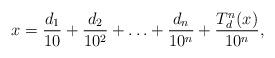
LaTeX: \begin{align*} x = \frac{d_1}{10} + \frac{d_2}{10^2} + \ldots + \frac{d_n}{10^n} + \frac{T_d^n(x)}{10^n},\end{align*}